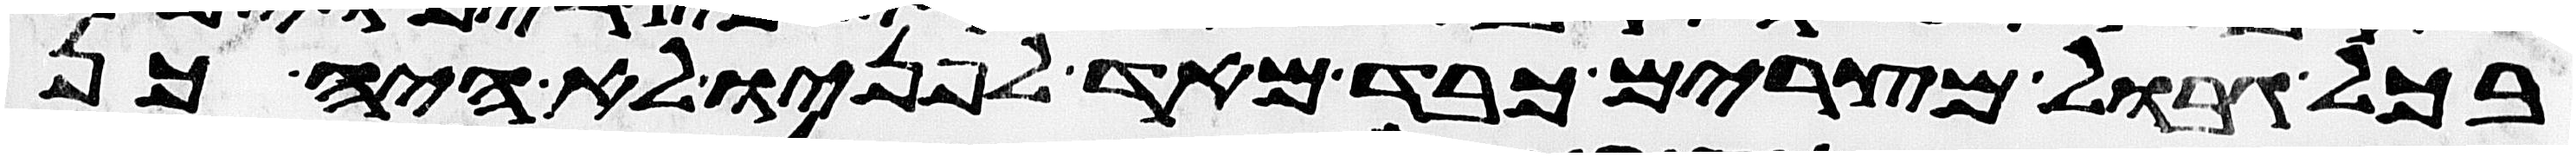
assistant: בכל גבול מצרים כבד מאד לפניו לא היה כן